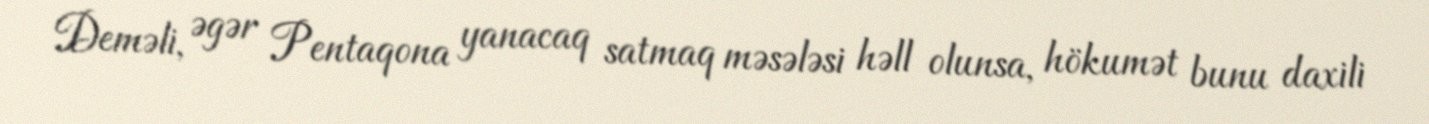
Deməli, əgər Pentaqona yanacaq satmaq məsələsi həll olunsa, hökumət bunu daxili